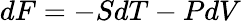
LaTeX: dF=-SdT-PdV